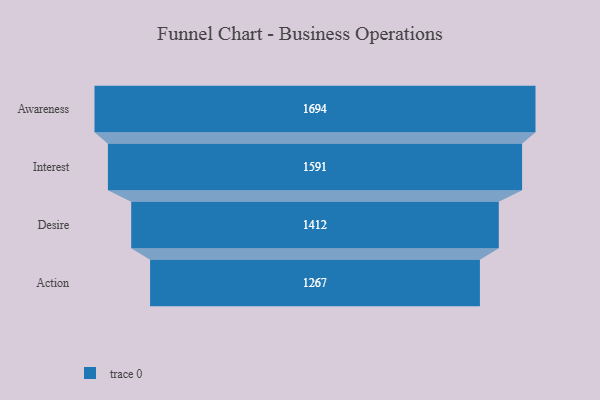
{"axis": {"x": "Stage", "y": "Value"}, "legend": [""], "data": [{"x": "Awareness", "y": 1694.0, "type": ""}, {"x": "Interest", "y": 1591.0, "type": ""}, {"x": "Desire", "y": 1412.0, "type": ""}, {"x": "Action", "y": 1267.0, "type": ""}]}